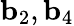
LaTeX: {\mathbf b_{2}},{\mathbf b_{4}}